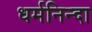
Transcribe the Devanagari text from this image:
धर्मनिन्दा